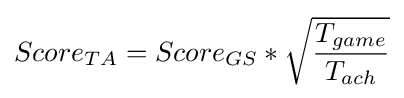
Score_{TA}=Score_{GS}*{\sqrt {T_{game} \over T_{ach}}}